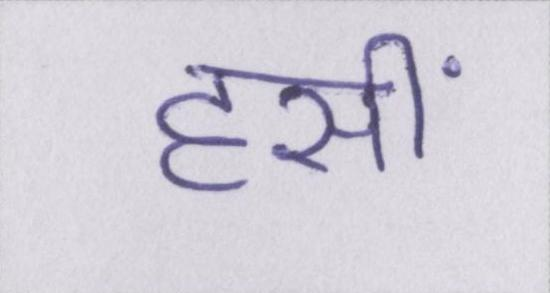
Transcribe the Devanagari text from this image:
हसीं